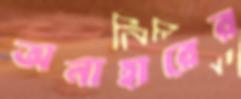
অনাহারের